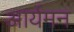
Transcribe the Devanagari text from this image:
आर्यमन